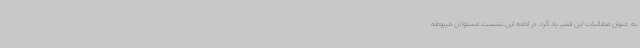
به عنوان مطالبات این قشر یاد کرد. در ادامه این نشست مسئولان مربوطه